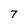
Character: 7